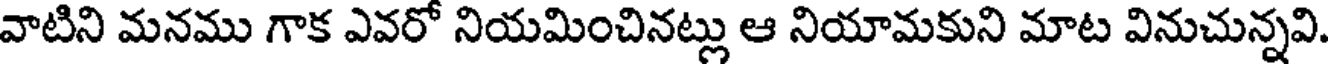
వాటిని మనము గాక ఎవరో నియమించినట్లు ఆ నియామకుని మాట వినుచున్నవి